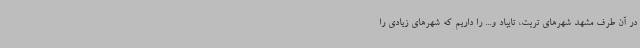
در آن طرف مشهد شهرهای تربت، تایباد و... را داریم که شهرهای زیادی را